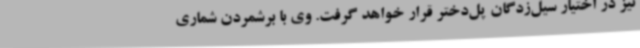
نیز در اختیار سیل‌زدگان پل‌دختر قرار خواهد گرفت. وی با برشمردن شماری